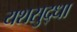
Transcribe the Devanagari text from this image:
यशसुद्धा